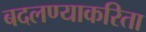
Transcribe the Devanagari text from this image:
बदलण्याकरिता